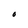
Character: O